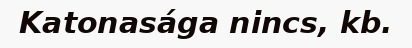
Katonasága nincs, kb.